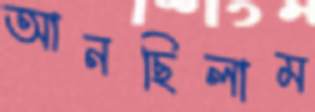
আনছিলাম